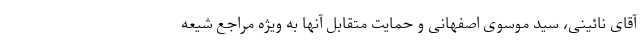
آقای نائینی، سید موسوی اصفهانی و حمایت متقابل آنها به ویژه مراجع شیعه